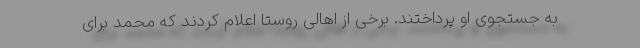
به جستجوی او پرداختند. برخی از اهالی روستا اعلام کردند که محمد برای